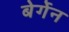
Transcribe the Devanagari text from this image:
बेर्गेन